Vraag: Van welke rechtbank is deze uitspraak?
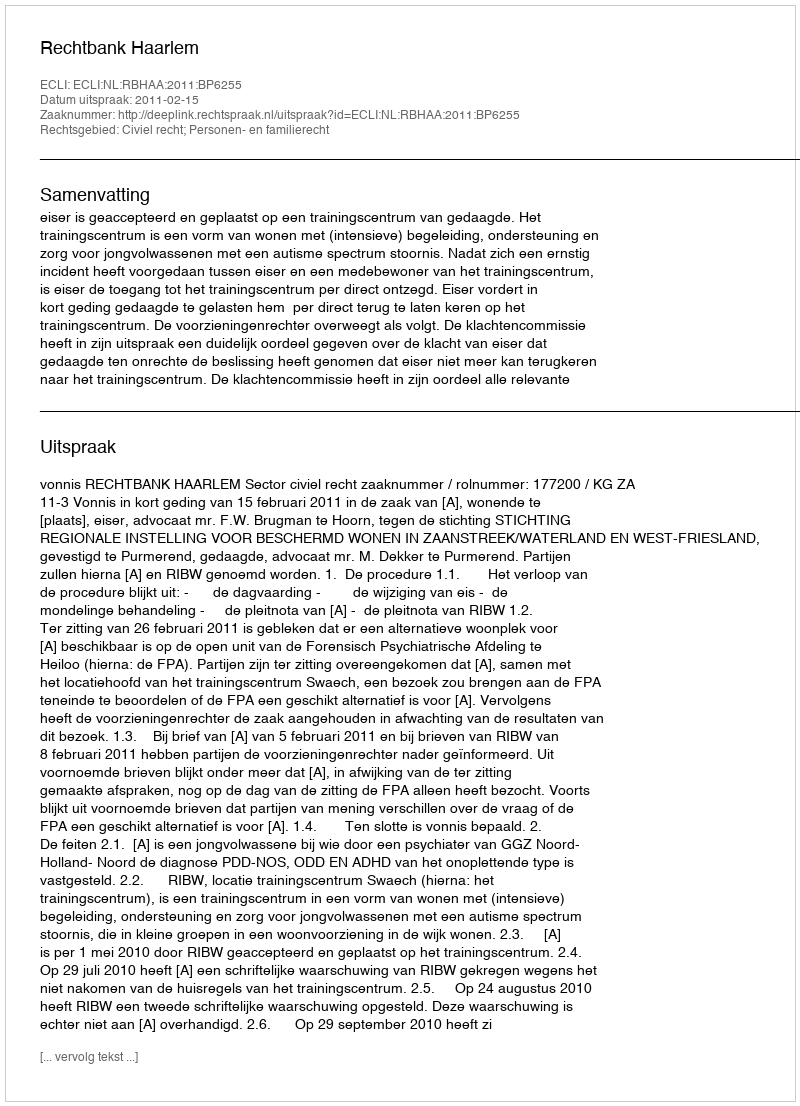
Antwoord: Rechtbank Haarlem